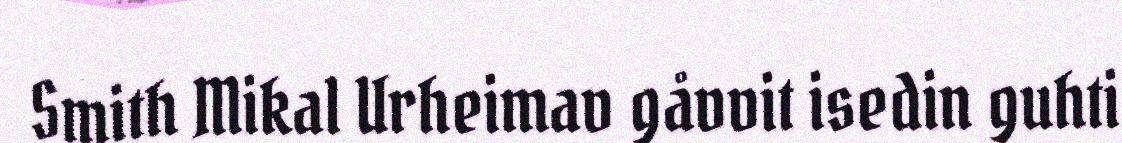
Smith Mikal Urheimav gåvvit isedin guhti